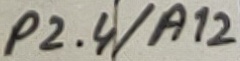
Text: P2.4/A12